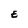
Character: E